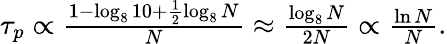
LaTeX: \begin{array}{r}{\tau_{p}\propto\frac{1-\log_{8}{10}+\frac{1}{2}\log_{8}{N}}{N}\approx\frac{\log_{8}{N}}{2N}\propto\frac{\ln{N}}{N}.}\end{array}